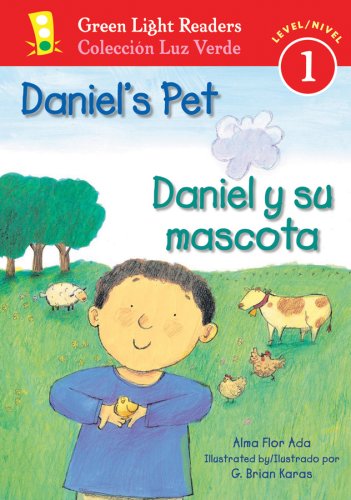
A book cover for Daniel's Pet/Daniel y su mascota (Green Light Readers Level 1) (Spanish and English Edition); Alma Flor Ada; Children's Books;